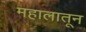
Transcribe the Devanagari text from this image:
महालातून